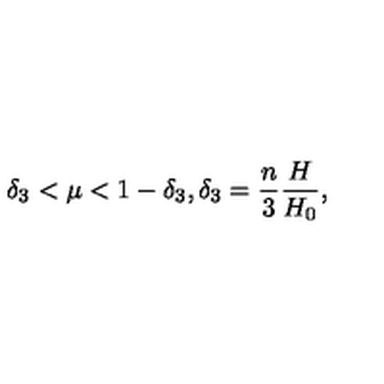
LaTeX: \delta _ { 3 } < \mu < 1 - \delta _ { 3 } , \delta _ { 3 } = \frac { n } { 3 } \frac { H } { H _ { 0 } } ,